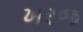
ખરજ